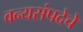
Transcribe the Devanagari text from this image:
वन्यसंपदेचे